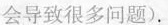
会导致很多问题).